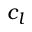
c _ { l }